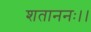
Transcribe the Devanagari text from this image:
शताननः।।